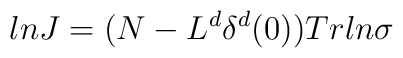
lnJ=(N-L^{d}\delta^{d}(0))Trln\sigma